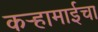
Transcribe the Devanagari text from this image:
कऱ्हामाईचा